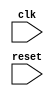
module EthernetController(
    input wire clk,
    input wire reset,
    // Add input/output ports as necessary for data transmission/reception
);

    // Timing control module to generate clock signals
    always @ (posedge clk or posedge reset) begin
        if (reset) begin
            // Initialize clock signals
        end else begin
            // Generate clock signals as per Ethernet protocol
        end
    end

    // Synchronization module for synchronizing data between clock domains
    // Add code for synchronizing data here

    // Contention resolution logic for handling arbitration
    // Add code for contention resolution here

endmodule